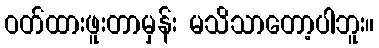
ဝတ်ထားဖူးတာမှန်း မသိသာတော့ပါဘူး။